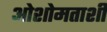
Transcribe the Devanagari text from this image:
ओशोमताशी